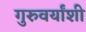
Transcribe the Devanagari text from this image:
गुरुवर्यांशी